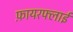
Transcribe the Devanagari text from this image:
फ़ायरफ्लाई